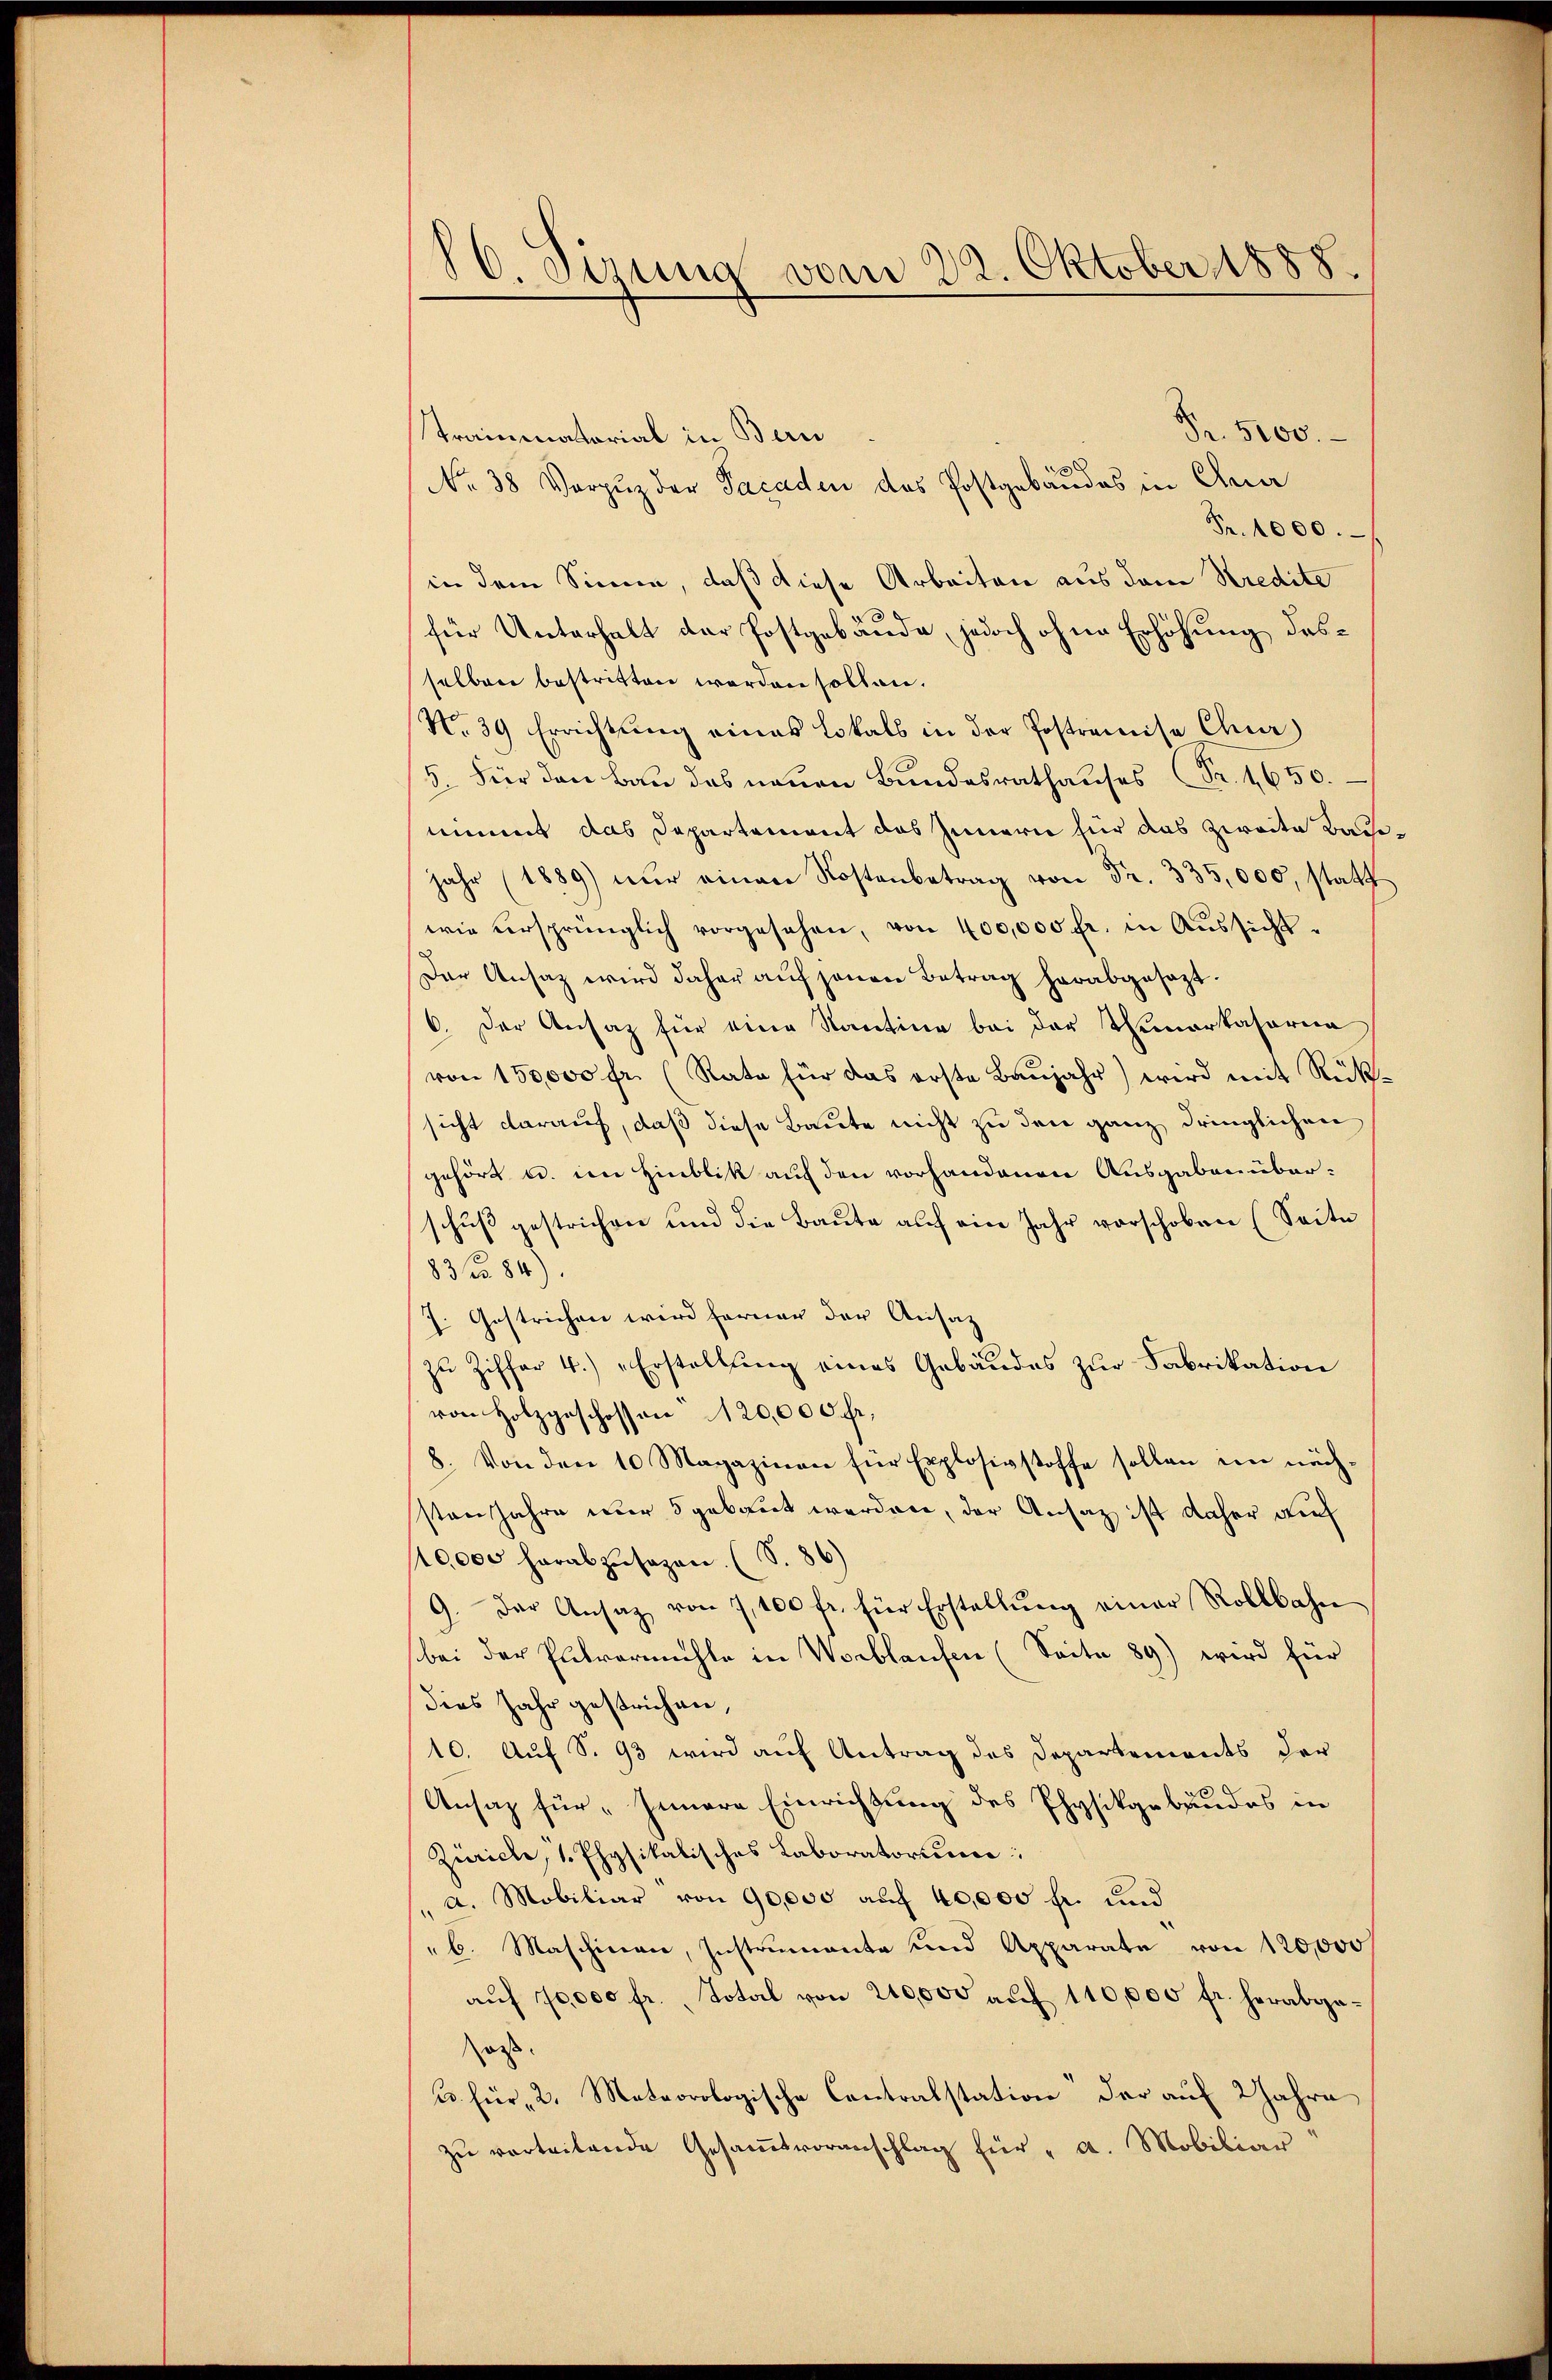
8
d. Sizung vom 22. Oktober 1888.

Fr. 5100.
Trammatorial in Bern
No. 38 Vorzug der Facaden des Postgebäudes in Ana
Fr. 1000.
in dem Sinne, daß diese Arbeiten aus dem Kredite
für Unterhalt der Postgebäude, jedoch ohne Erhöhung desselben bestritten werden sollen.
No. 39 Errichtung eines Lokals in der Postremise Chur
5. Für den Bau das neuen Bundesrathauses Fr. 1650.
nimmt das Departement das Innern für das zweite Bau¬
Jahr (1889 nŭr einen Kostenbetrag von Fr. 335,000, statt
wie versprünglich vorgesehen, von 400,000 fr. in Aŭssicht-
Der Ansatz wird daher aŭf jenen Betrag herabgesezt.
6. Der Ansatz für eine Kantine bei der Tumarkasorna
von 150,000 fr. (Rate für das erste Baŭjahr) wird mit Rück-
sicht darauf, daß diese Baute nicht zu den ganz dringlichen
gehört u. im Hinblik auf den vorhandenen Ausgaben überschuß gestrichen und die Baute auf ein Jahr vorschoben (Seite
83 f 84)
J. Gestrichen wird ferner der Ansatz
zu Ziffer 4.) „Erstellung eines Gebäudes zur Fabrikation
von Holzgeschossen 120,000 Fr.
8. Von den 10 Magazinen für Explosivstoffe sollen im näch-
stenjahre nur 5 gebaut werden, der Ansatz ist daher auf
40000 herabzusagen. (S. 86)
9. Der Ansaz von 7,100 fr. für Erstellŭng einer Rollbahn
bei der Plitvermühle in Worblaufen (Seite 89) wird für
dies Jahr gestrichen,
10. Auf S. 93 wird auf Antrag des Departements der
Ansaz für „Innere Einrichtung des Physikgebäudes in
Zürich, 1. Physikalisches Laboratorium
a. Mobiliar von 90,000 auf 40,000 fr. und
b. Maschinen, Instrumente und Apparate von 120,000
aŭf 10000 fr. Total von 210,000 aŭf 110,000 fr. herabgaoss.
u. für 2. Meteorologische Contralstation der auf Jahre
zŭ verteilende Gesaṁtvoranschlag für "a. Mobiliar